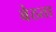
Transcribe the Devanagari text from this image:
बेठता